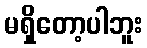
မရှိတော့ပါဘူး